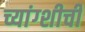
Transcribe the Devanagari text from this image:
च्यांग्शीची